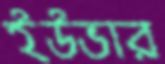
ইউভার